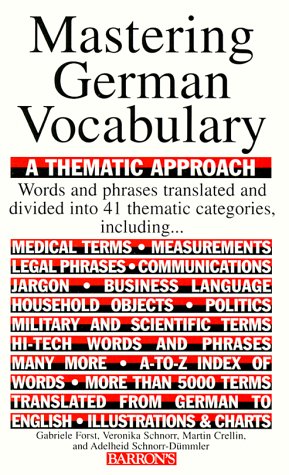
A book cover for Mastering German Vocabulary: A Thematic Approach (Mastering Vocabulary Series); Veronika Schnorr; Reference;